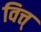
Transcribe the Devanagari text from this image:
वित्त्